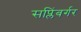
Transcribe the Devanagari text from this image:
सप्लिंबर्गर